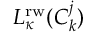
L _ { \kappa } ^ { \mathrm { r w } } ( C _ { k } ^ { j } )